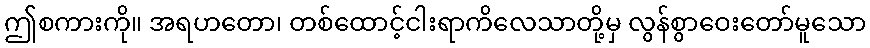
ဤစကားကို။ အရဟတော၊ တစ်ထောင့်ငါးရာကိလေသာတို့မှ လွန်စွာဝေးတော်မူသော